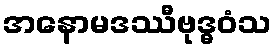
အနောမဒဿီဗုဒ္ဓဝံသ